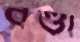
রণ্ডা